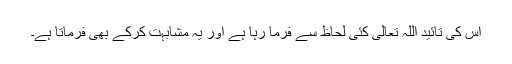
اس کی تائید اللہ تعالیٰ کئی لحاظ سے فرما رہا ہے اور یہ مشابہت کرکے بھی فرماتا ہے۔